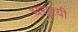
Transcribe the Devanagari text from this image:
धराश्यी